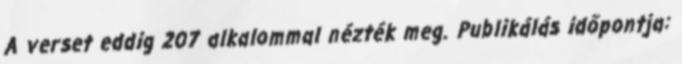
A verset eddig 207 alkalommal nézték meg. Publikálás időpontja: